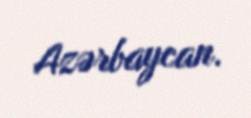
Azərbaycan.